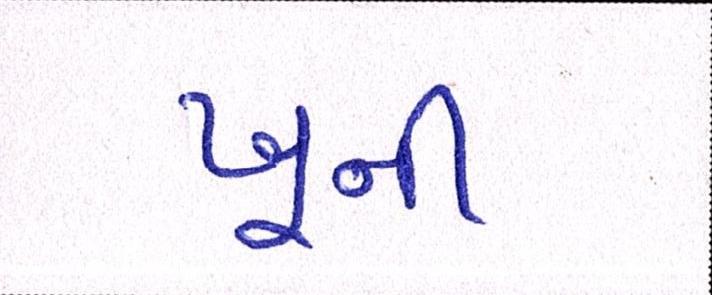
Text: ખૂની